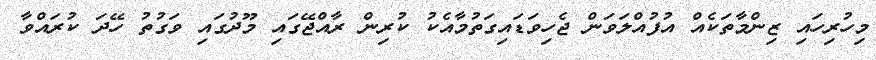
މިހުރިހައި ޒިންމާތަކެއް އުފުއްލަވަން ޖެހިވަޑައިގަތުމާއެކު ކުރިން ރާއްޖޭގައި މޫދުގައި ވަގުތު ހޭދަ ކުރައްވާ